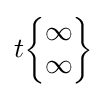
t{\begin{Bmatrix}\infty \\\infty \end{Bmatrix}}